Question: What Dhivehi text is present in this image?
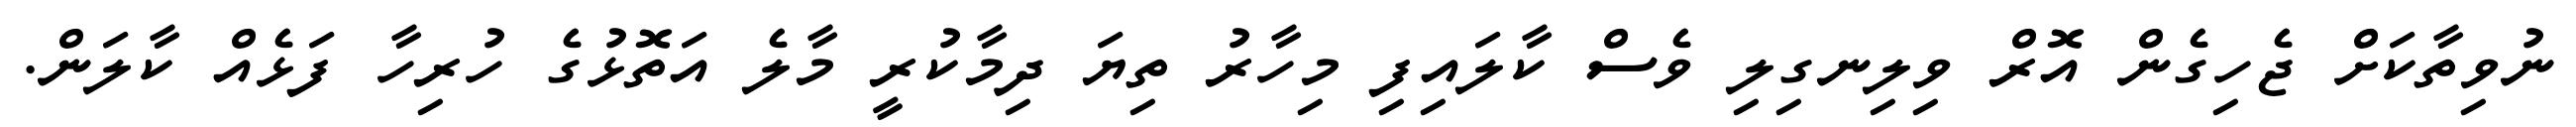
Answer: ނުވިތާކަށް ޖެހިގެން އޮރް ވިލިނގިލި ވެސް ކާލައިފި މިހާރު ތިޔަ ދިމާކުރީ މާލެ އަތޮޅުގެ ހުރިހާ ފަޅެއް ކާލަން.